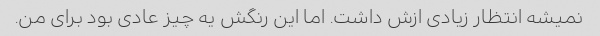
نمیشه انتظار زیادی ازش داشت. اما این رنگش یه چیز عادی بود برای من.